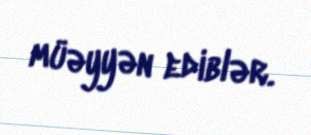
müəyyən ediblər.